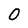
Character: O